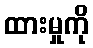
ထားမှုကို